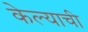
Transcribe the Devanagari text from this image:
केेल्याची